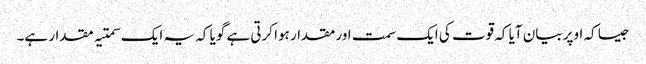
جیسا کہ اوپر بیان آیا کہ قوت کی ایک سمت اور مقدار ہوا کرتی ہے گویا کہ یہ ایک سمتیہ مقدار ہے۔